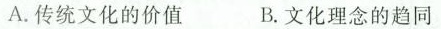
A.传统文化的价值 B.文化理念的趋同